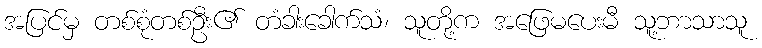
အပြင်မှ တစ်စုံတစ်ဦး၏ တံခါးခေါက်သံ၊ သူတို့က အဖြေမပေးမီ သူ့ဘာသာသူ